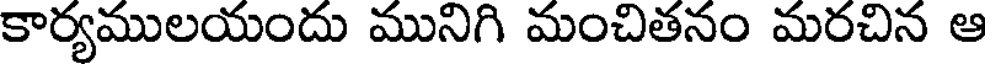
కార్యములయందు మునిగి మంచితనం మరచిన ఆ